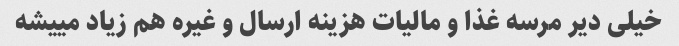
خیلی دیر مرسه غذا و مالیات هزینه ارسال و غیره هم زیاد مییشه